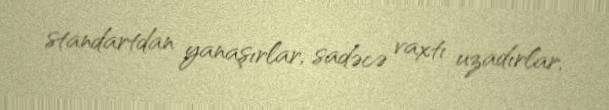
standartdan yanaşırlar, sadəcə vaxtı uzadırlar.